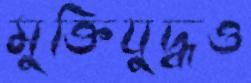
মুক্তিযুদ্ধও